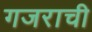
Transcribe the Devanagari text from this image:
गजराची